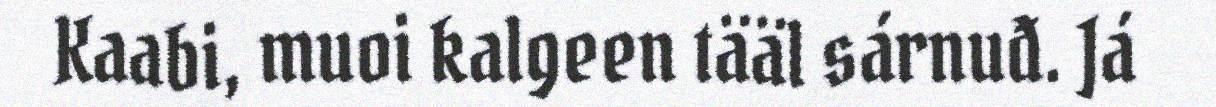
Kaabi, muoi kalgeen tääl sárnuđ. Já